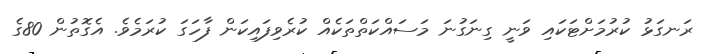
ރަނގަޅު ކުރުމަށްޓަކައި ވަނީ ގިނަގުނަ މަސައްކަތްތަކެއް ކުރެވިފައިކަން ފާހަގަ ކުރަމެވެ. އެގޮތުން 80ގެ